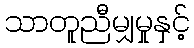
သာတူညီမျှမှုနှင့်